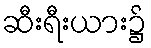
ဆီးရီးယား၌